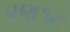
પણ૧૮